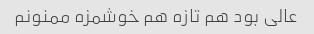
عالی بود هم تازه هم خوشمزه ممنونم